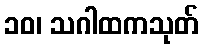
၁၀၊ သဂါထကသုတ်